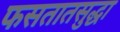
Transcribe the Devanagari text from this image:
फसतातसुद्धा